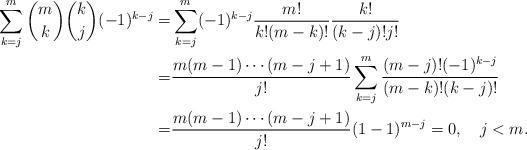
LaTeX: \begin{align*}\begin{aligned}\sum_{k=j}^m\binom{m}{k}\binom{k}{j}(-1)^{k-j}=& \sum_{k=j}^m(-1)^{k-j}\frac{m!}{k!(m-k)!}\frac{k!}{(k-j)!j!}\\=&\frac{m(m-1)\cdots (m-j+1)}{j!}\sum_{k=j}^m\frac{(m-j)!(-1)^{k-j}}{(m-k)!(k-j)!} \\=&\frac{m(m-1)\cdots (m-j+1)}{j!}(1-1)^{m-j}=0,{\quad}j<m.\end{aligned}\end{align*}